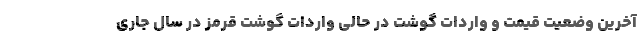
آخرین وضعیت قیمت و واردات گوشت در حالی واردات گوشت قرمز در سال جاری